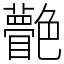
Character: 䒐